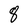
Character: 9